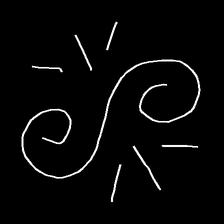
Glyph: wind-directs-air